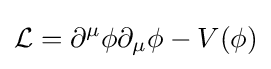
{\mathcal {L}}=\partial ^{\mu }\phi \partial _{\mu }\phi -V(\phi )